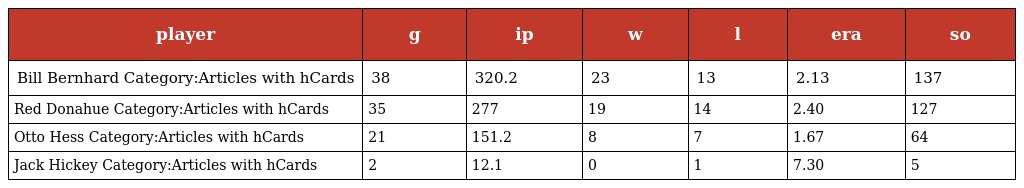
| player | g | ip | w | l | era | so |
 | --- | --- | --- | --- | --- | --- | --- |
 | Bill Bernhard Category:Articles with hCards | 38 | 320.2 | 23 | 13 | 2.13 | 137 |
 | Red Donahue Category:Articles with hCards | 35 | 277 | 19 | 14 | 2.40 | 127 |
 | Otto Hess Category:Articles with hCards | 21 | 151.2 | 8 | 7 | 1.67 | 64 |
 | Jack Hickey Category:Articles with hCards | 2 | 12.1 | 0 | 1 | 7.30 | 5 |